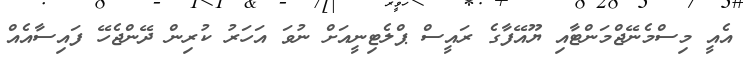
އެއީ މިސްމެނޭޖްމަންޓާއި ޔޫއޭފާގެ ރައީސް ޕްލެޓިނީއަށް ނުވަ އަހަރު ކުރިން ދޭންޖެހޭ ފައިސާއެއް